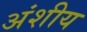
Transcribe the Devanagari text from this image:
अंशीय